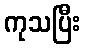
ကုသပြီး